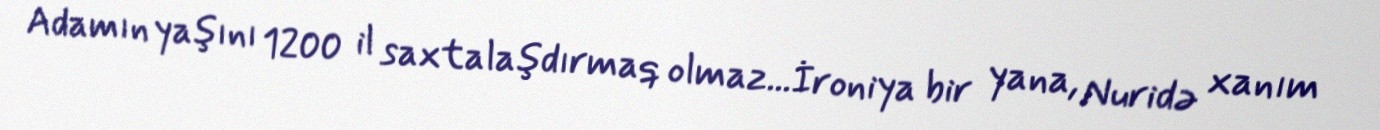
Adamın yaşını 1200 il saxtalaşdırmaq olmaz...İroniya bir yana, Nuridə xanım